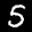
Label: 5